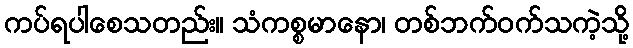
ကပ်ရပါစေသတည်း။ သံကစ္စမာနော၊ တစ်ဘက်ဝက်သကဲ့သို့